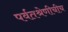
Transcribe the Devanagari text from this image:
पर्वतश्रेणीचीच